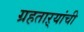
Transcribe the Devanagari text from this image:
ग्रहताऱ्यांची